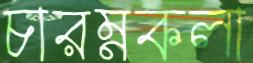
চারম্নকলা